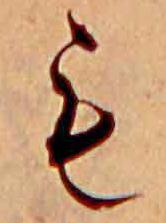
も